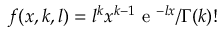
f ( x , k , l ) = l ^ { k } x ^ { k - 1 } \mathrm { ~ e ~ } ^ { - l x } / \Gamma ( k ) !